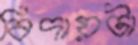
বিদায়টা